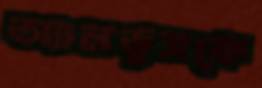
অ্যালডুসকে